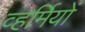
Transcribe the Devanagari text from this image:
व्हर्मियों